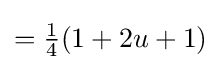
={\tfrac {1}{4}}(1+2u+1)